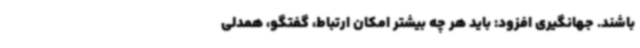
باشند. جهانگیری افزود: باید هر چه بیشتر امکان ارتباط،‌ گفتگو، همدلی